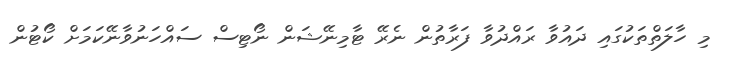
މި ހާލަތްތަކުގައި ދައުވާ ރައްދުވާ ފަރާތުން ނެރޭ ޓާމިނޭޝަން ނޯޓިސް ސައްހަނުވާނޭކަމަށް ކޯޓުން